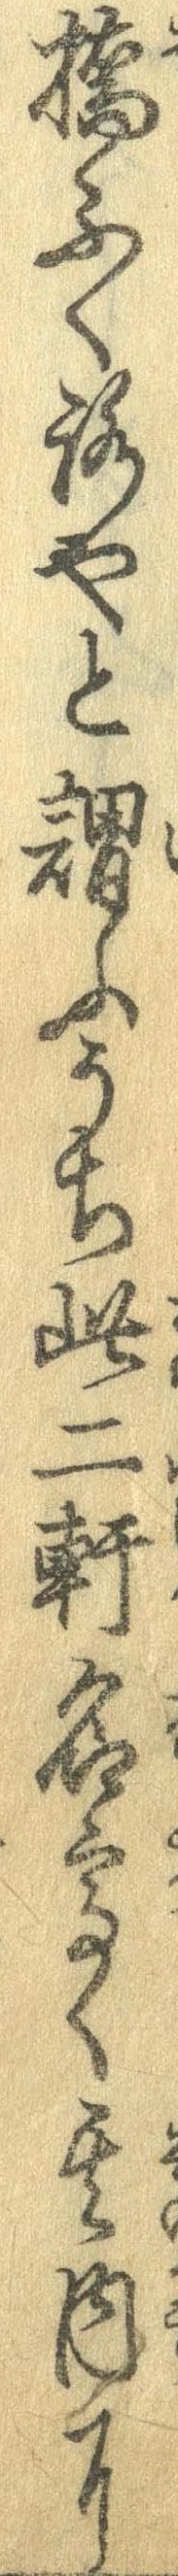
橋ふくろやと謂ふうち此二軒名高く其内に